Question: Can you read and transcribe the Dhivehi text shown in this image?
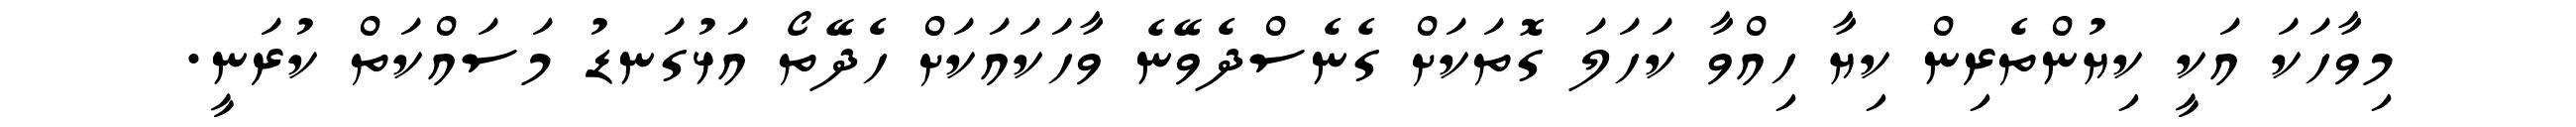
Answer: މިވާހަކަ އަކީ ކިޔުންތެރިން ކިޔާ ހިއްވާ ކަހަލަ ގޮތަކަށް ގެނެސްދެވޭނެ ވާހަކައަކަށް ހެދޭތޯ އަޅުގަނޑު މަސައްކަތް ކުރަނީ.